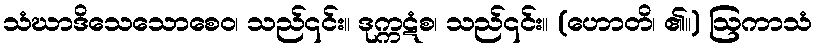
သံဃာဒိသေသောစေဝ၊ သည်၎င်း။ ဒုက္ကဋံစ၊ သည်၎င်း။ (ဟောတိ၊ ၏။) ဩကာသံ